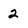
Character: 2